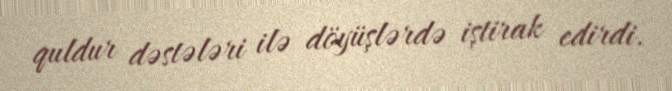
quldur dəstələri ilə döyüşlərdə iştirak edirdi.